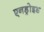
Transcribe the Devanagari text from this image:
एनड्रोइड